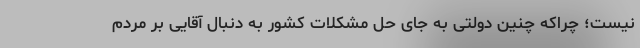
نیست؛ چراکه چنین دولتی به جای حل مشکلات کشور به دنبال آقایی بر مردم